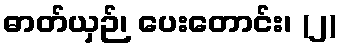
ဓာတ်ယှဉ်၊ ပေးတောင်း၊ (၂)